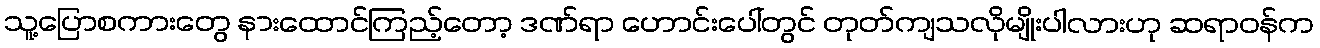
သူ့ပြောစကားတွေ နားထောင်ကြည့်တော့ ဒဏ်ရာ ဟောင်းပေါ်တွင် တုတ်ကျသလိုမျိုးပါလားဟု ဆရာဝန်က